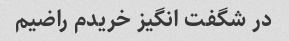
در شگفت انگیز خریدم راضیم